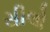
સીલો